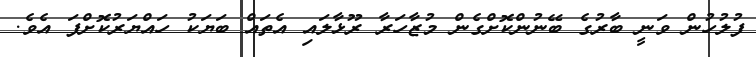
ފުލުހުން ވަނީ ބާރުގެ ބޭނުންކޮށްގެން މުޒާހަރާ ރޫޅާލައި އެތައް ބަޔަކު ހައްޔަރުކޮށްފަ އެވެ.